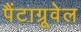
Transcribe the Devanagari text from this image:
पैंटाग्रूवेल